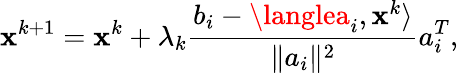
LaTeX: \mathbf{x}^{k+1}=\mathbf{x}^{k}+\lambda_{k}{\frac{{b_{i}-\langlea_{i},\mathbf{x}^{k}\rangle}}{{\| a_{i}\| ^{2}}}}a_{i}^{T},